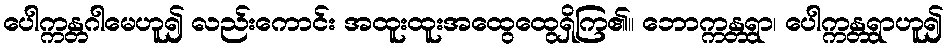
ပေါက္ကန္တဂါမေဟူ၍ လည်းကောင်း အထူးထူးအထွေထွေရှိကြ၏။ ဘောက္ကန္တရွာ၊ ပေါက္ကန္တရွာဟူ၍